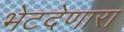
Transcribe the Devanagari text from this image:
भेटदेणारा